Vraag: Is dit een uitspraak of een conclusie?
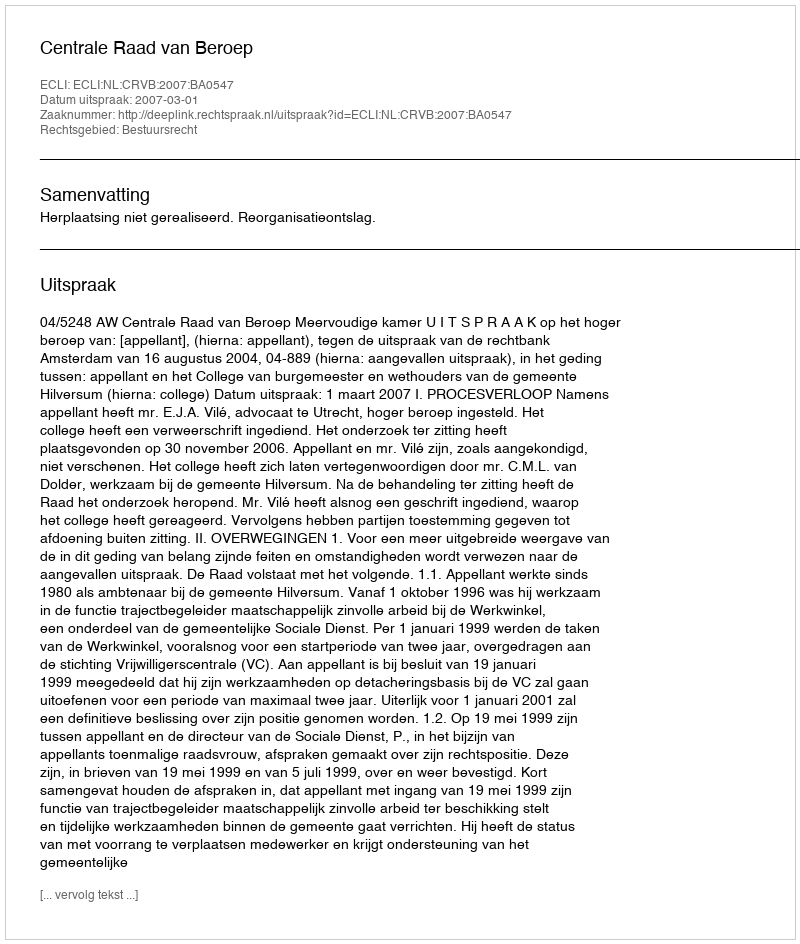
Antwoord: Uitspraak